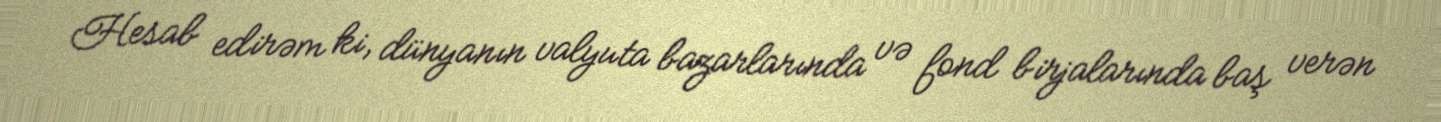
Hesab edirəm ki, dünyanın valyuta bazarlarında və fond birjalarında baş verən